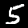
Label: 5